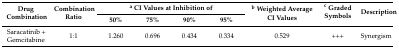
<table><thead><tr><td rowspan="2"><b>Drug Combination</b></td><td rowspan="2"><b>Combination Ratio</b></td><td colspan="4"><b><sup>a</sup> CI Values at Inhibition of</b></td><td rowspan="2"><b><sup>b</sup> Weighted Average CI Values</b></td><td rowspan="2"><b><sup>c</sup> Graded Symbols</b></td><td rowspan="2"><b>Description</b></td></tr><tr><td><b>50%</b></td><td><b>75%</b></td><td><b>90%</b></td><td><b>95%</b></td></tr></thead><tbody><tr><td>Saracatinib + Gemcitabine</td><td>1:1</td><td>1.260</td><td>0.696</td><td>0.434</td><td>0.334</td><td>0.529</td><td>+++</td><td>Synergism</td></tr></tbody></table>